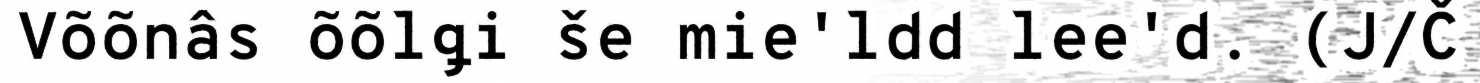
Võõnâs õõlǥi še mie'ldd lee'd. (J/Č